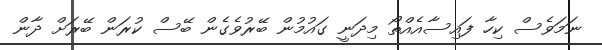
ނަމަވެސް ކިހާ ފައިސާއެއްތޯ މިދަނީ ގައުމުން ބޭރުވެގެން ބޭސް ކުރަން ބޭރަށް ދާން